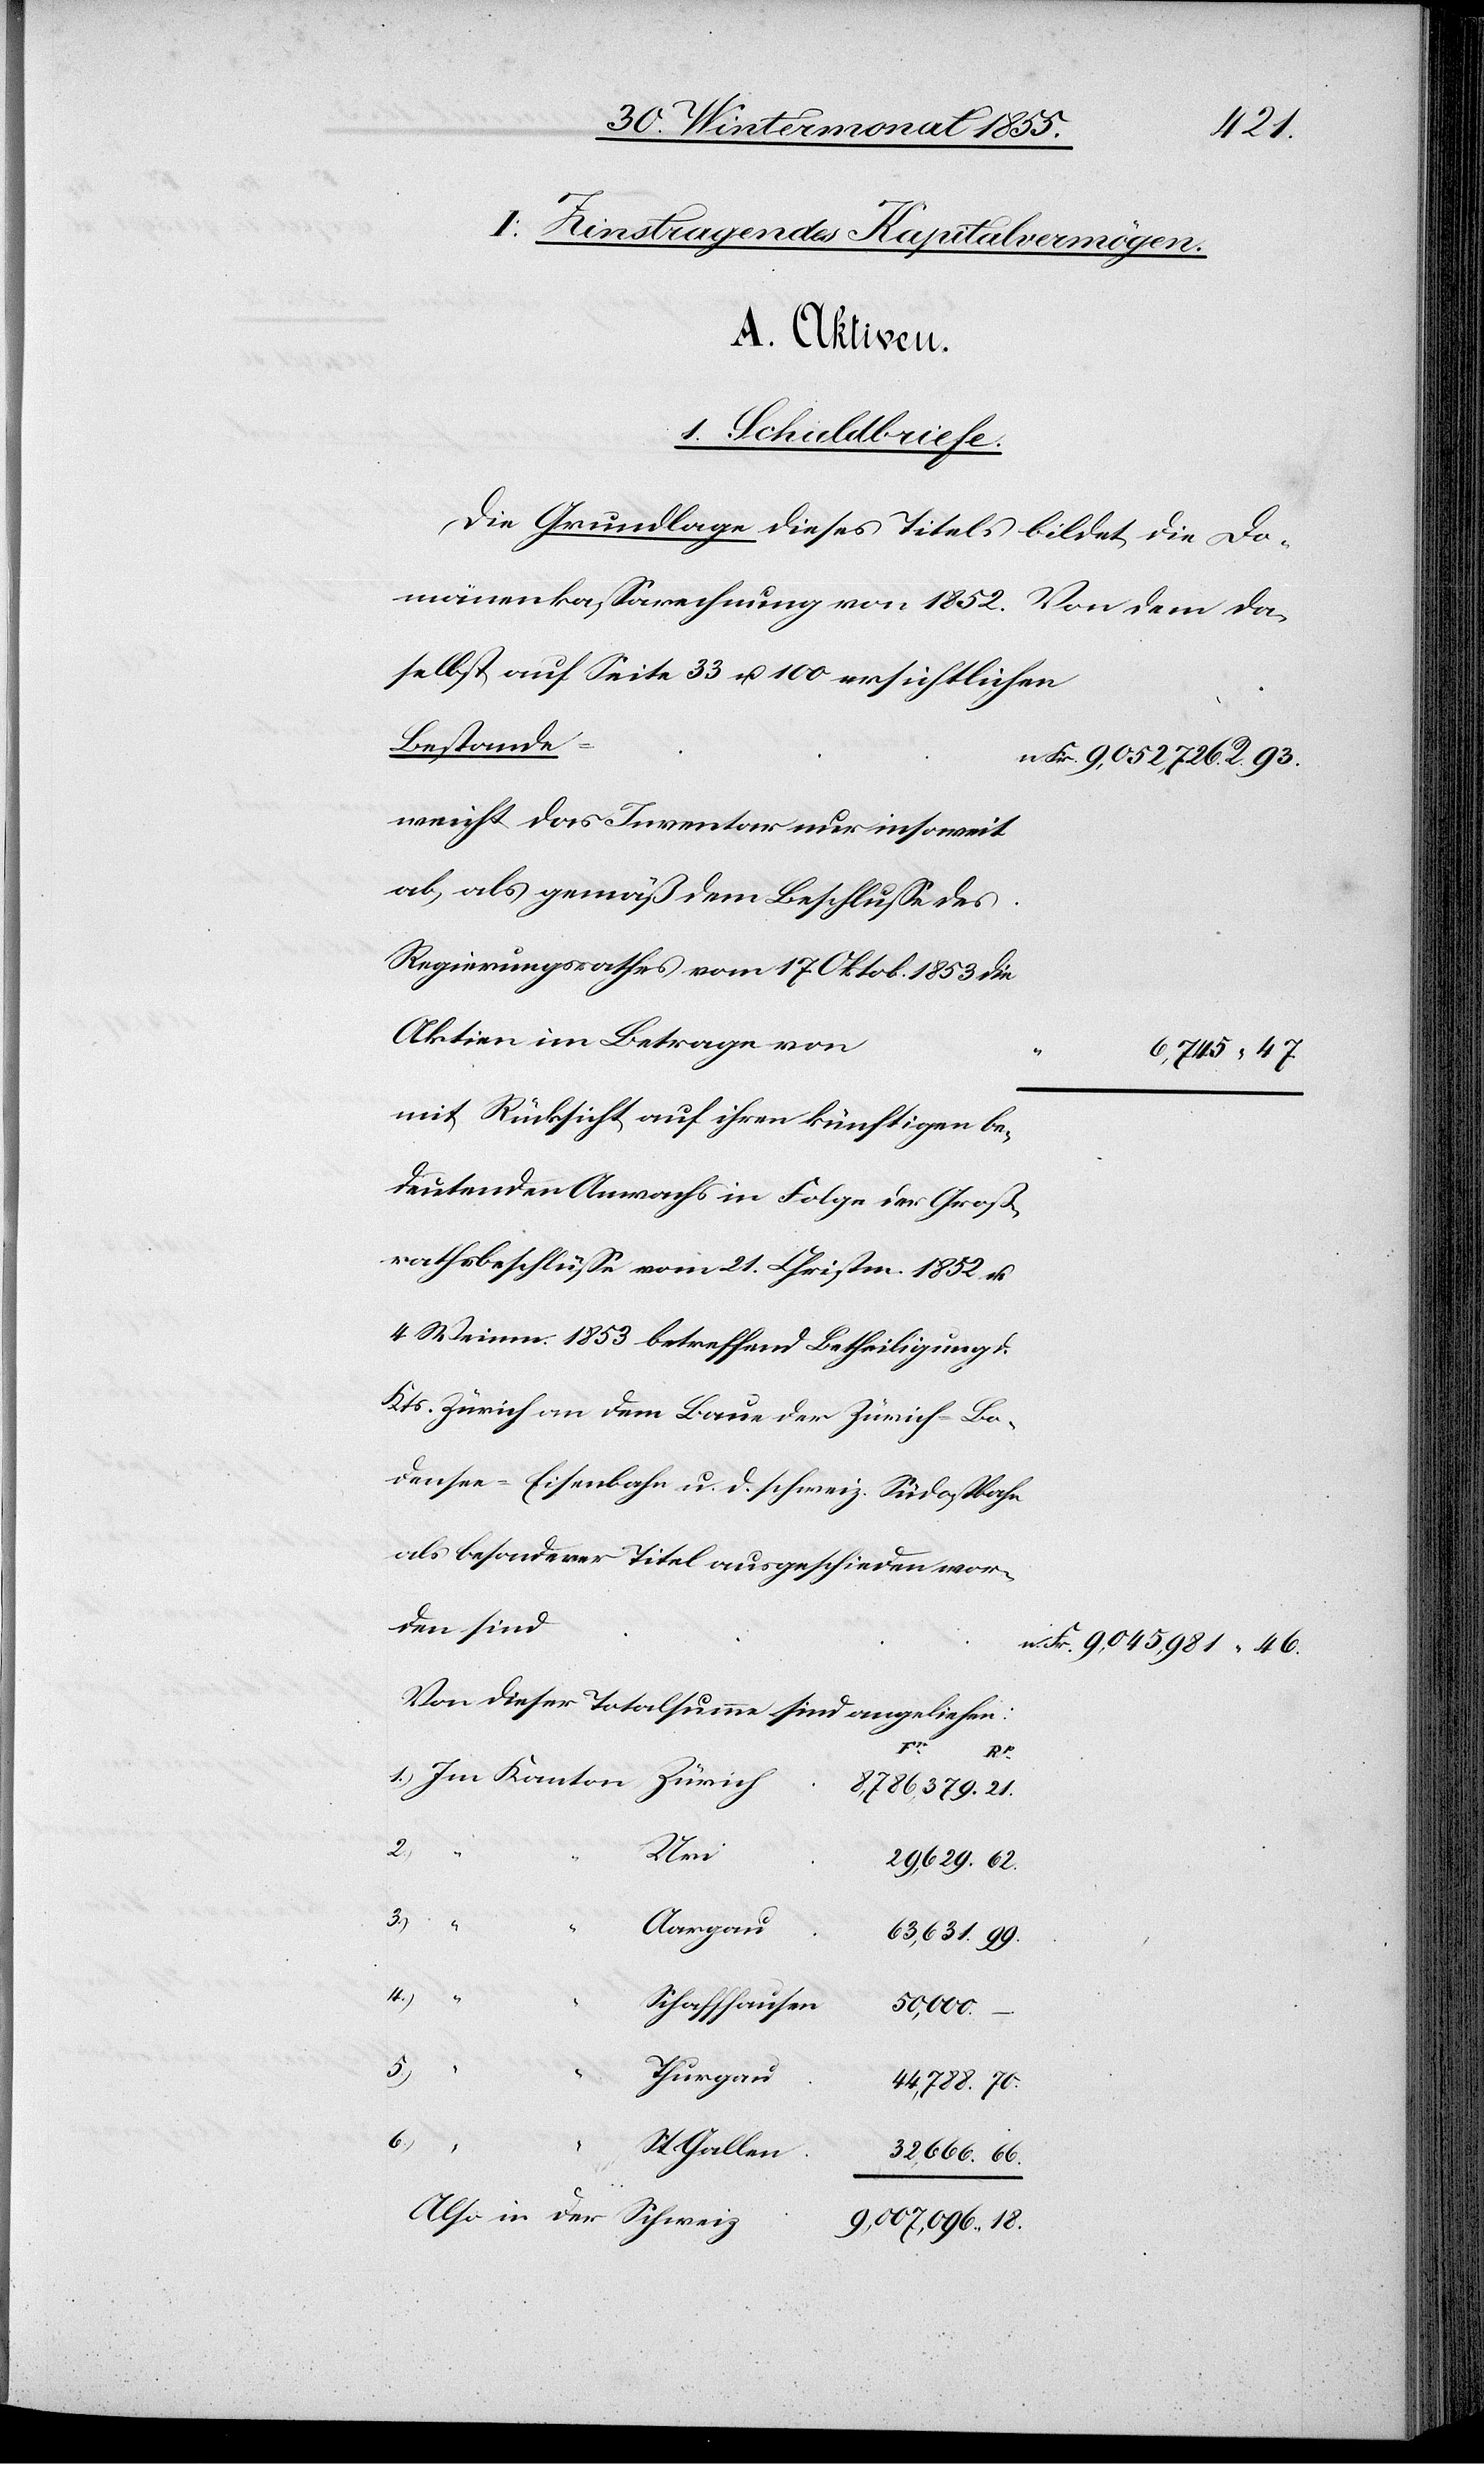
18.
I. Zinstragendes Kapitalvermögen.
A. Aktiven.
1. Schuldbriefe.
Die Grundlage dieses Titels bildet die Do¬
mänenkassarechnung von 1852. Von dem da¬
selbst auf Seite 33 u. 100 ersichtlichen
Bestande
n. Fr. 9,052,726. R. 93.
weicht das Inventar nur insoweit
ab, als gemäß dem Beschlusse des
Regierungsrathes vom 17. Oktob. 1853 die
Aktien im Betrage von
6,745 “ 47
mit Rücksicht auf ihren künftigen be¬
deutenden Anwachs in Folge der Groß¬
rathsbeschlüsse vom 21. Christm. 1852 u.
4. Weinm. 1853 betreffend Betheiligung d.
Kts. Zürich an dem Baue der Zürich-Bo¬
densee-Eisenbahn u. d. schweiz. Südostbahn
als besonderer Titel ausgeschieden wor¬
den sind
n. Fr. 9,045,981 “ 46.
Von dieser Totalsumme sind angeliehen:
70.
1.) Im Kanton
Zürich
8,786,379.
“
Uri
3.)
“
Aargau
63,631.
4.)
“
Schaffhausen
50,000.
–
5.)
Thurgau
6.)
St.
Gallen
32,666.
Also in der Schweiz
9,007,096.